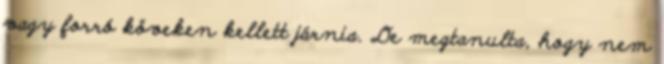
vagy forró köveken kellett járnia. De megtanulta, hogy nem